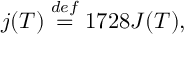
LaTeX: j ( T ) \stackrel { d e f } { = } 1 7 2 8 J ( T ) ,